Medical and sanitary report of the native army of Madras for the year
Year: 1875
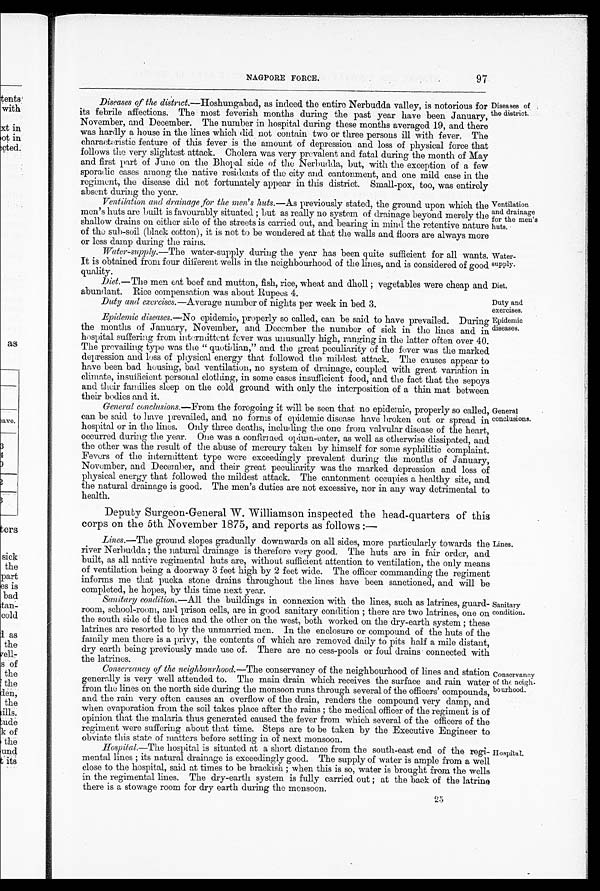
Water
-supply.
Diet.
Duty and
exercises.
Epidemic
diseases.
97
NAGPORE FORCE.
Diseases of the district .—Hoshungabad, as indeed the entire Nerbudda valley, is notorious for
its febrile affections. The most feverish months during the past year have been January,
November, and December. The number in hospital during these months averaged 19, and there
was hardly a house in the lines which did not contain two or three persons ill with fever. The
characteristic feature of this fever is the amount of depression and loss of physical force that
follows the very slightest attack. Cholera was very prevalent and fatal during the month of May
and first part of June on the Bhopal side of the Nerbudda, but, with the exception of a few
sporadic cases among the native residents of the city and cantonment, and one mild case in the
regiment, the disease did not fortunately appear in this district. Small-pox, too, was entirely
absent during the year.
Ventilation and drainage ,for the men's huts.—As previously stated, the ground upon which the
men's huts are built is favourably situated ; but as really no system of drainage beyond merely the
shallow drains on either side of the streets is carried out, and bearing in mind the retentive nature
of the sub-soil (black cotton), it is not to be wondered at that the walls and floors are always more
or less damp during the rains.
Diseases of
the district.
Ventilation
and drainage
for the men's
huts.
Water-supply.—The water-supply during the year has been quite sufficient for all wants.
It is obtained from four different wells in the neighbourhood of the lines, and is considered of good
quality.
Diet.—The men eat beef and mutton, fish, rice, wheat and dholl ; vegetables were cheap and
abundant. Rice compensation was about Rupees 4.
Duty and exercises .—Average number of nights per week in bed 3.
Epidemic diseases .—No epidemic, properly so called, can be said to have prevailed. During
the months of January, November, and December the number of sick in the lines and in
hospital suffering from intermittent fever was unusually high, ranging in the latter often over 40.
The prevailing type was type "quotidian," and the great peculiarity of the fever was the marked
depression and loss of physical energy that followed the mildest attack. The causes appear to
have been bad housing, bad ventilation, no system of drainage, coupled with great variation in
climate, insufficient personal clothing, in some cases insufficient food, and the fact that the sepoys
a n d t h e i r f a m i l i e s s l e e p o n t h e c o l d g r o u n d w i t h o n l y t h e i n t e r p o s i t i o n o f a t h i n m a t b e t w e e n
their bodies and it.
General conclusions .—From the foregoing it will be seen that no epidemic, properly so called,
can be said to have prevailed, and no forms of epidemic disease have broken out or spread in
hospital or in the lines. Only three deaths, including the one from valvular disease of the heart,
occurred during the year. One was a confirmed opium-eater, as well as otherwise dissipated, and
the other was the result of the abuse of mercury taken by himself for sonic syphilitic complaint.
Fevers of the intermittent type were exceedingly prevalent during the months of January,
November, and December, and their great peculiarity was the marked depression and loss of
physical energy that followed the mildest attack. The cantonment occupies a healthy site, and
the natural drainage is good. The men's duties are not excessive, nor in any way detrimental to
health.
General
conclusions.
Deputy Surgeon-General W.Williamson inspected the head-quarters of this
corps on the 5th November 1875, and reports as follows :—
Lines.—The ground slopes gradually downwards on all sides, more particularly towards the
river Nerbudda ; the natural drainage is therefore very good. The huts are in fair order, and
built, as all native regimental huts are, without sufficient attention to ventilation, the only means
of ventilation being a doorway 3 feet high by 2 feet wide. The officer commanding the regiment
informs me that pucka stone drains throughout the lines have been sanctioned, and will be
completed, he hopes, by t hi s t i me next year.
Sanitary condition .—All the buildings in connexion with the lines, such as latrines, guard-
room, school-room, and prison cells, are in good sanitary condition ; there are two latrines, one on
the south side of the lines and the other on the west, both worked on the dry-earth system ; these
latrines are resorted to by the unmarried men. In the enclosure or compound of the huts of the
family men there is a privy, the contents of which are removed daily to pits half a mile distant,
dry earth being previously made use of. There are no cess-pools or foul drains connected with
the latrines.
Lines.
Sanitary
condition.
Conservancy
of the neigh-
bourhood.
Conservancy of the neighbourhood .—The conservancy of the neighbourhood of lines and station
generally is very well attended to. The main drain which receives the surface and rain water
from the lines on the north side during the monsoon runs through several of the officers' compounds,
and the rain very often causes an overflow of the drain, renders the compound very damp, and
when evaporation from the soil takes place after the rains ; the medical officer of the regiment is of
opinion that the malaria thus generated caused the fever from which several of the officers of the
regiment were suffering about that time. Steps are to be taken by the Executive Engineer to
obviate this state of matters before setting in of next monsoon.
Hospital.—The hospital is situated at a short distance from the south-east end of the reg
ì - m e n t a l l i n e s ; i t s n a t u r a l d r a i n a g e i s e x c e e d i n g l y g o o d . T h e s u p p l y o f w a t e r i s a m p l e f r o m a w e l l
close to the hospital, said at times to be brackish ; when this is so, water is brought from the wells
in the regimental lines. The dry-earth system is fully carried out ; at the back of the latrine
there is a stowage room for dry earth during the monsoon.
Hospìtal.